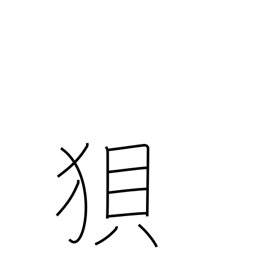
Meaning: wolf